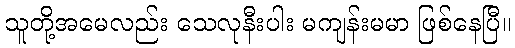
သူတို့အမေလည်း သေလုနီးပါး မကျန်းမမာ ဖြစ်နေပြီ။